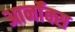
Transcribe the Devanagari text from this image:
आर्नॉक्स